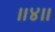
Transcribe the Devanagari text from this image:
।।४।।